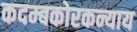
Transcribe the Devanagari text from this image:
कदम्बकोरकन्याय